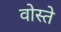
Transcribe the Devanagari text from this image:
वोस्ते